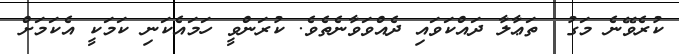
ކުރެވޭނެ މަގު  ތަޢާލާ ދައްކަވައި ދެއްވަވާނެތެވެ. ކުރަންވީ ހަމައެކަނި ކަމަކީ އެކަމަށް